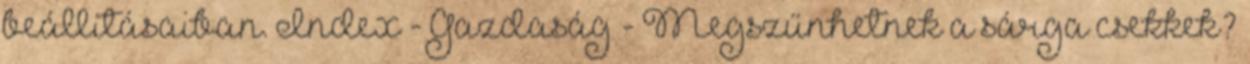
beállításaiban. Index - Gazdaság - Megszűnhetnek a sárga csekkek?